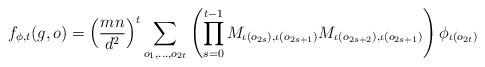
LaTeX: \begin{align*} f_{\phi, t}(g, o) = \left( \frac{mn}{d^2} \right)^t\sum_{o_1, \dots, o_{2t}} \left(\prod_{s=0}^{t-1} M_{\iota(o_{2s}), \iota(o_{2s+1})}M_{\iota(o_{2s+2}), \iota(o_{2s+1})} \right) \phi_{\iota(o_{2t})}\end{align*}